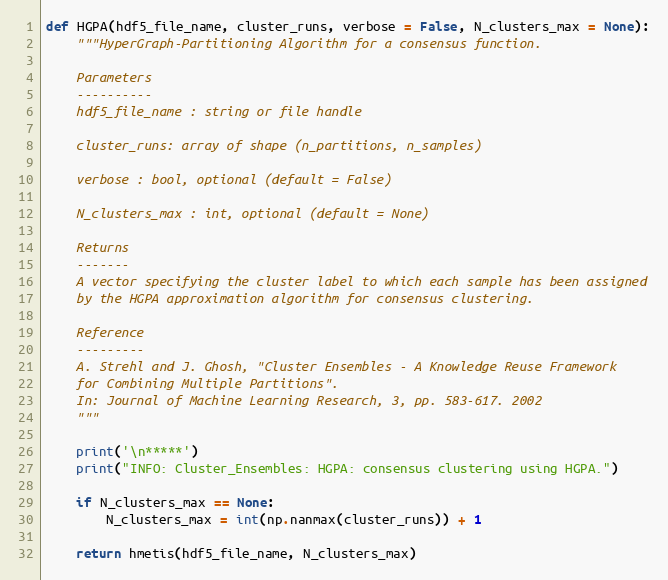
Language: Python
def HGPA(hdf5_file_name, cluster_runs, verbose = False, N_clusters_max = None):
    """HyperGraph-Partitioning Algorithm for a consensus function.

    Parameters
    ----------
    hdf5_file_name : string or file handle

    cluster_runs: array of shape (n_partitions, n_samples)

    verbose : bool, optional (default = False)

    N_clusters_max : int, optional (default = None)

    Returns
    -------
    A vector specifying the cluster label to which each sample has been assigned
    by the HGPA approximation algorithm for consensus clustering.

    Reference
    ---------
    A. Strehl and J. Ghosh, "Cluster Ensembles - A Knowledge Reuse Framework
    for Combining Multiple Partitions".
    In: Journal of Machine Learning Research, 3, pp. 583-617. 2002
    """

    print('\n*****')
    print("INFO: Cluster_Ensembles: HGPA: consensus clustering using HGPA.")

    if N_clusters_max == None:
        N_clusters_max = int(np.nanmax(cluster_runs)) + 1

    return hmetis(hdf5_file_name, N_clusters_max)